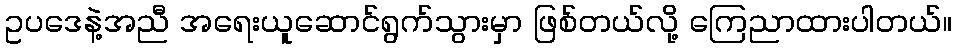
ဥပဒေနဲ့အညီ အရေးယူဆောင်ရွက်သွားမှာ ဖြစ်တယ်လို့ ကြေညာထားပါတယ်။